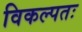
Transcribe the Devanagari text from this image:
विकल्पतः